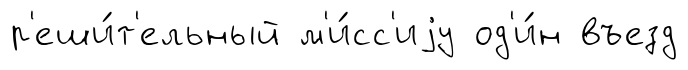
р'еши́т'ельный м'и́сс'иjу од'и́н въезд